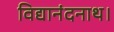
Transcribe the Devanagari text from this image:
विद्यानंदनाथ।